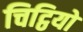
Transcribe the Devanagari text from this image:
चिट्ठियो